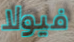
فيولا